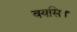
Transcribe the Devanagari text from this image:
वयसि।